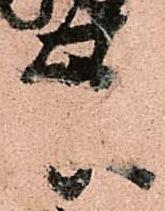
柴